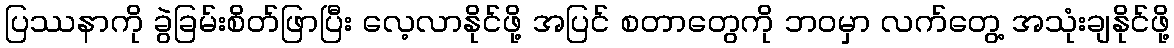
ပြဿနာကို ခွဲခြမ်းစိတ်ဖြာပြီး လေ့လာနိုင်ဖို့ အပြင် စတာတွေကို ဘဝမှာ လက်တွေ့ အသုံးချနိုင်ဖို့